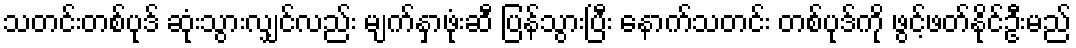
သတင်းတစ်ပုဒ် ဆုံးသွားလျှင်လည်း မျက်နှာဖုံးဆီ ပြန်သွားပြီး နောက်သတင်း တစ်ပုဒ်ကို ဖွင့်ဖတ်နိုင်ဦးမည်